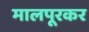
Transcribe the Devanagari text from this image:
मालपूरकर